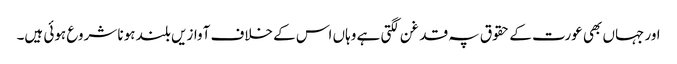
اور جہاں بھی عورت کے حقوق پہ قدغن لگتی ہے وہاں اس کے خلاف آوازیں بلند ہونا شروع ہوئی ہیں۔